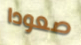
صعودا